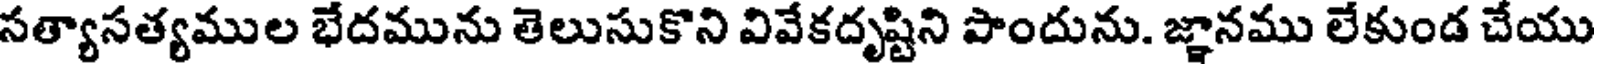
సత్యాసత్యముల భేదమును తెలుసుకొని వివేకదృష్టిని పొందును. జ్ఞానము లేకుండ చేయు